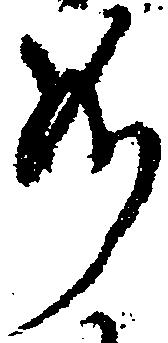
若